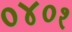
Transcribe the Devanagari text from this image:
०४०१